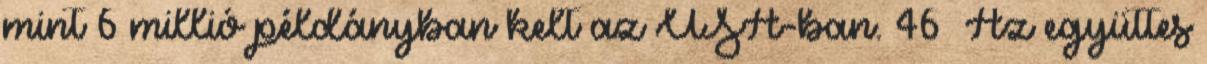
mint 6 millió példányban kelt az USA-ban. 46 Az együttes